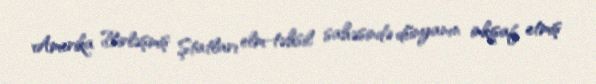
Amerika Birləşmiş Ştatları elm-təhsil sahəsində dünyanın inkişaf etmiş